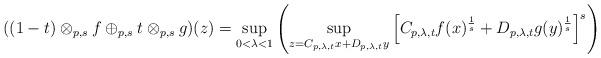
LaTeX: \begin{align*} ((1-t)\otimes_{p,s}f\oplus_{p,s}t\otimes_{p,s} g)(z)= \sup_{0<\lambda< 1}\left( \sup_{z=C_{p,\lambda,t}x + D_{p,\lambda,t}y} \left[C_{p,\lambda,t} f(x)^{\frac{1}{s}} +D_{p,\lambda,t}g(y)^{\frac{1}{s}}\right]^s\right) \end{align*}